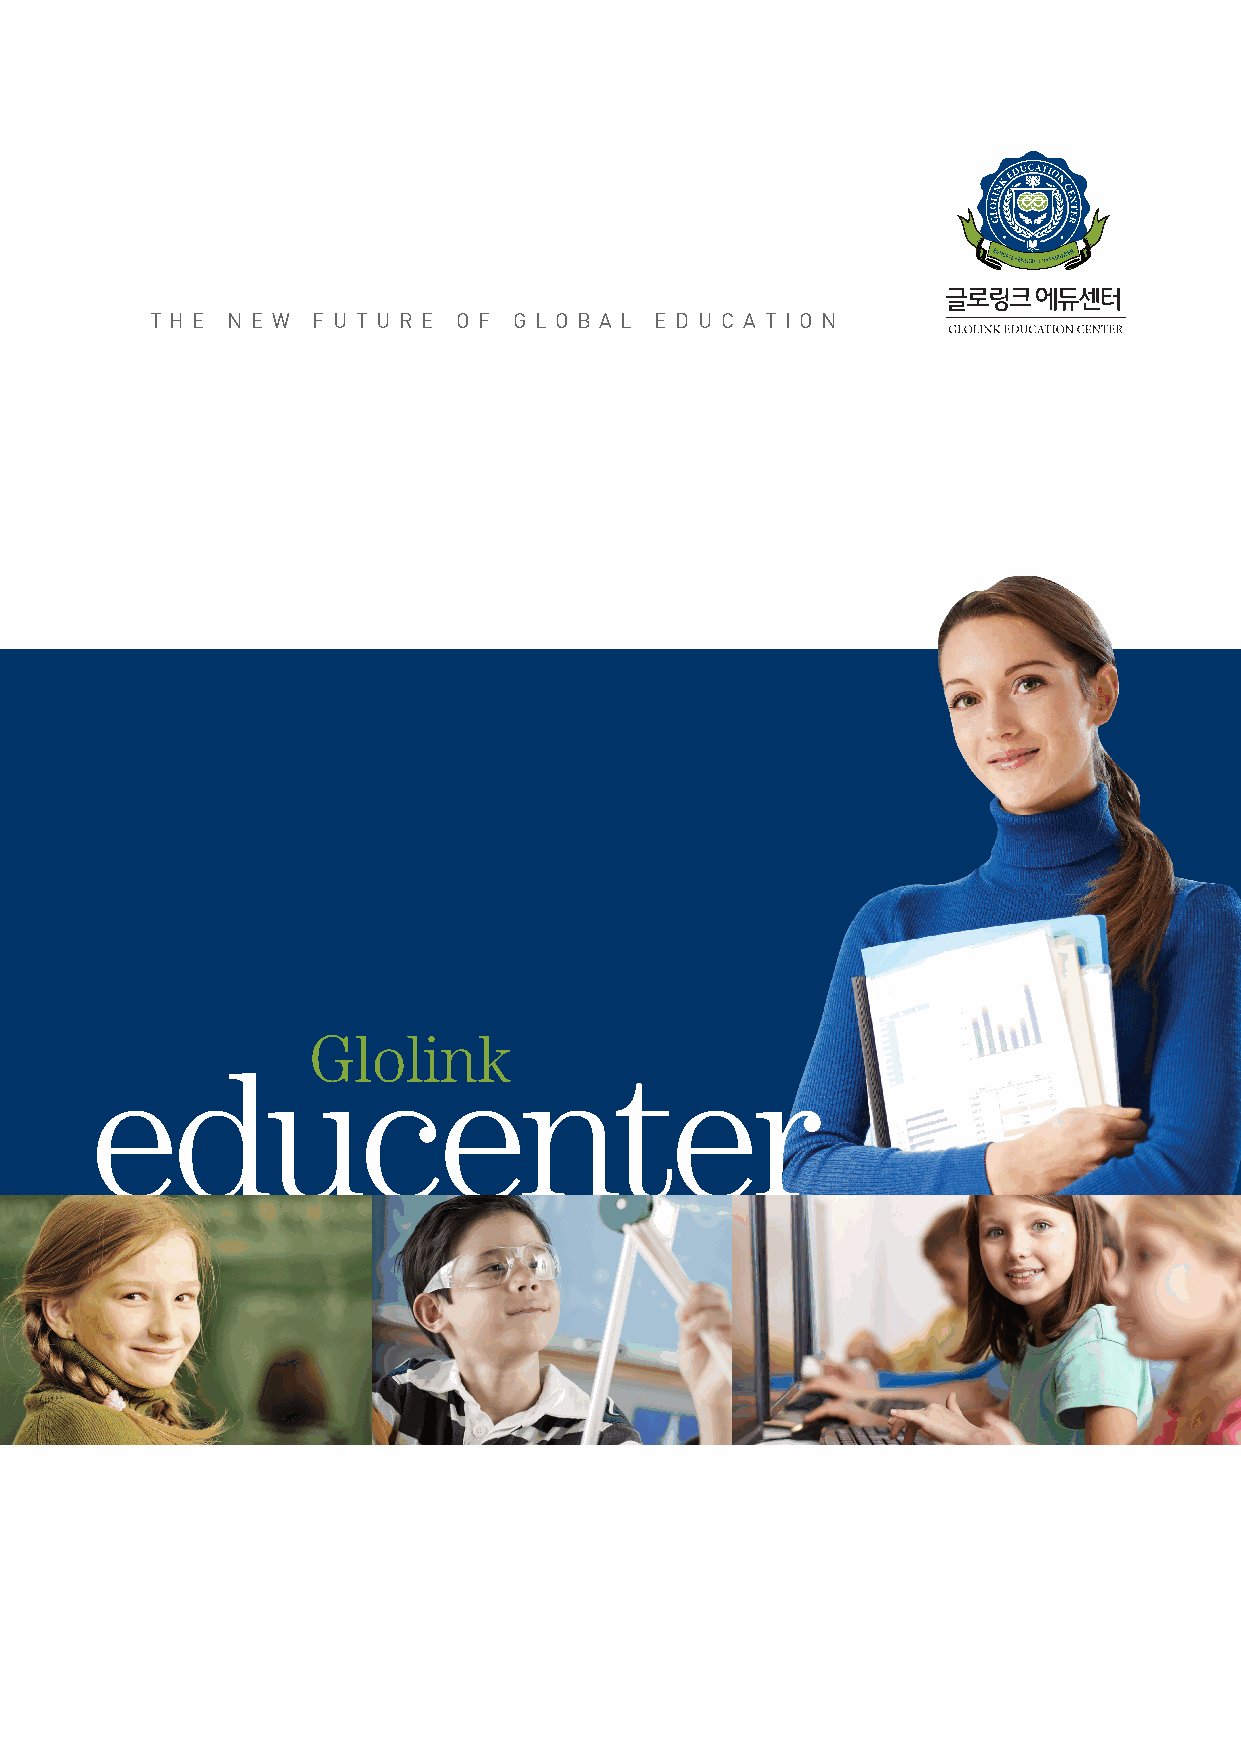
T H E N E W F U T U R E O F G L O B A L E D U C A T I O N